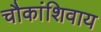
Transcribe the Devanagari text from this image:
चौकांशिवाय